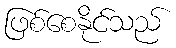
ဖြစ်စေနိုင်သည်